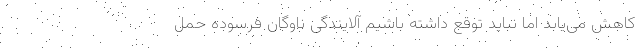
کاهش می‌یابد اما نباید توقع داشته باشیم آلایندگی ناوگان فرسوده حمل